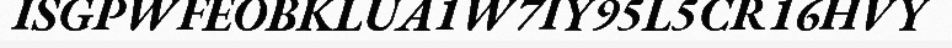
ISGPWFEOBKLUA1W7IY95L5CR16HVY